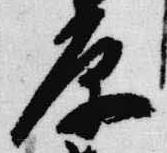
原